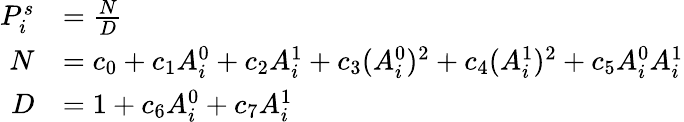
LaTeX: \begin{array}{rl}{P_{i}^{s}}&{=\frac{N}{D}}\\ {N}&{=c_{0}+c_{1}A_{i}^{0}+c_{2}A_{i}^{1}+c_{3}(A_{i}^{0})^{2}+c_{4}(A_{i}^{1})^{2}+c_{5}A_{i}^{0}A_{i}^{1}}\\ {D}&{=1+c_{6}A_{i}^{0}+c_{7}A_{i}^{1}}\end{array}